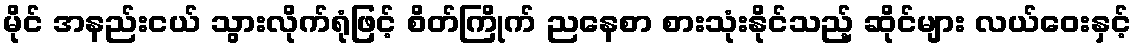
မိုင် အနည်းငယ် သွားလိုက်ရုံဖြင့် စိတ်ကြိုက် ညနေစာ စားသုံးနိုင်သည့် ဆိုင်များ လယ်ဝေးနှင့်